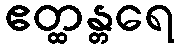
ဧတ္ထန္တရေ